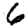
Digit: 6